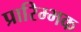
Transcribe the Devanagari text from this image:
प्रारिम्भक